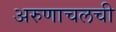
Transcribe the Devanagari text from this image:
अरुणाचलची